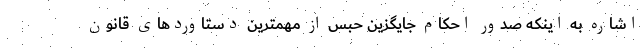
اشاره به اینکه صدور احکام جایگزین حبس از مهمترین دستاورد‌های قانون